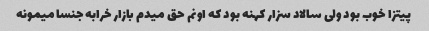
پیتزا خوب بود ولی سالاد سزار کهنه بود که اونم حق میدم بازار خرابه جنسا میمونه